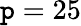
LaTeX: \mathtt{p}=25